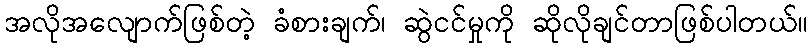
အလိုအလျောက်ဖြစ်တဲ့ ခံစားချက်၊ ဆွဲငင်မှုကို ဆိုလိုချင်တာဖြစ်ပါတယ်။